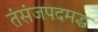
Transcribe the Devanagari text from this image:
तंसंजपदमद्ध